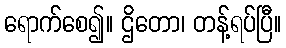
ရောက်စေ၍။ ဌိတော၊ တန့်ရပ်ပြီ။